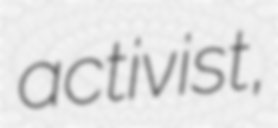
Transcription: activist,